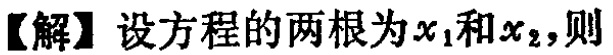
【解】设方程的两根为\(x_1\)和\(x_2\)，则